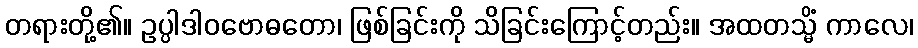
တရားတို့၏။ ဥပ္ပါဒါဝဗောဓတော၊ ဖြစ်ခြင်းကို သိခြင်းကြောင့်တည်း။ အထတသ္မိံ ကာလေ၊